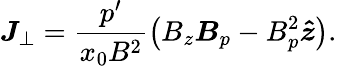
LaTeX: \boldsymbol{J}_{\perp}=\frac{p^{\prime}}{x_{0}B^{2}}\left(B_{z}\boldsymbol{B}_{p}-B_{p}^{2}\boldsymbol{\hat{z}}\right).